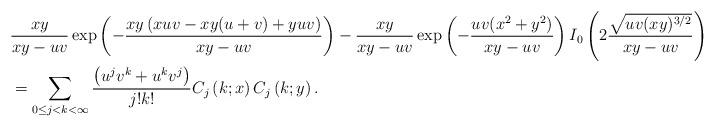
LaTeX: \begin{align*} \begin{aligned} & \frac{xy}{xy-uv}\exp\left(-\frac{xy\left(xuv-xy(u+v)+yuv\right)}{xy-uv}\right)-\frac{xy}{xy-uv}\exp\left(-\frac{uv(x^{2}+y^{2})}{xy-uv}\right)I_{0}\left(2\frac{\sqrt{uv(xy)^{3/2}}}{xy-uv}\right)\\ & =\sum_{0\le j<k<\infty}\frac{\left(u^{j}v^{k}+u^{k}v^{j}\right)}{j!k!}C_{j}\left(k;x\right)C_{j}\left(k;y\right). \end{aligned} \end{align*}